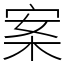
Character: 案